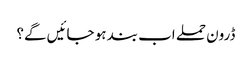
ڈرون حملے اب بند ہو جائیں گے؟